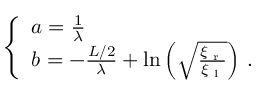
\left\{ \begin{array} { l l } { a = \frac { 1 } { \lambda } } \\ { b = - \frac { L / 2 } { \lambda } + \ln { \left( \sqrt { \frac { \xi _ { \textrm { r } } } { \xi _ { \textrm { l } } } } \right) } \ . } \end{array} \right.